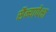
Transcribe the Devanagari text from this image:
सैन्यापेक्षा